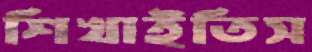
শিখাইতিস